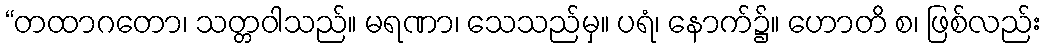
“တထာဂတော၊ သတ္တဝါသည်။ မရဏာ၊ သေသည်မှ။ ပရံ၊ နောက်၌။ ဟောတိ စ၊ ဖြစ်လည်း